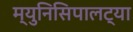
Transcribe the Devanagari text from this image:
म्युनिसिपालट्या